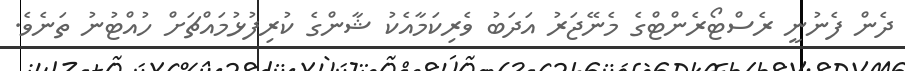
ދެން ފެނުނީ ރެސްޓޯރެންޓްގެ މެނޭޖަރު އަދަބު ވެރިކަމާއެކު ޝާންގެ ކުރިފުޅުމައްޗަށް ހުއްޓުނު ތަނެވެ.